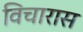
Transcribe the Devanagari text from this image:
विचारास